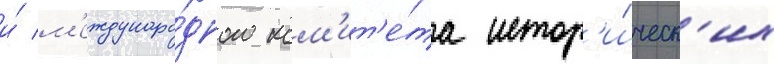
и́ м'еждунаро́дного ком'ит'е́та истор'и́ческ'их